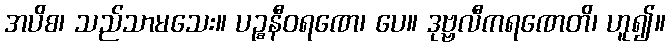
အပိစ၊ သည်သာမသေး။ ပဉ္စနီဝရဏေ၊ ပေ။ ဒုဗ္ဗလီကရဏေတိ၊ ဟူ၍။